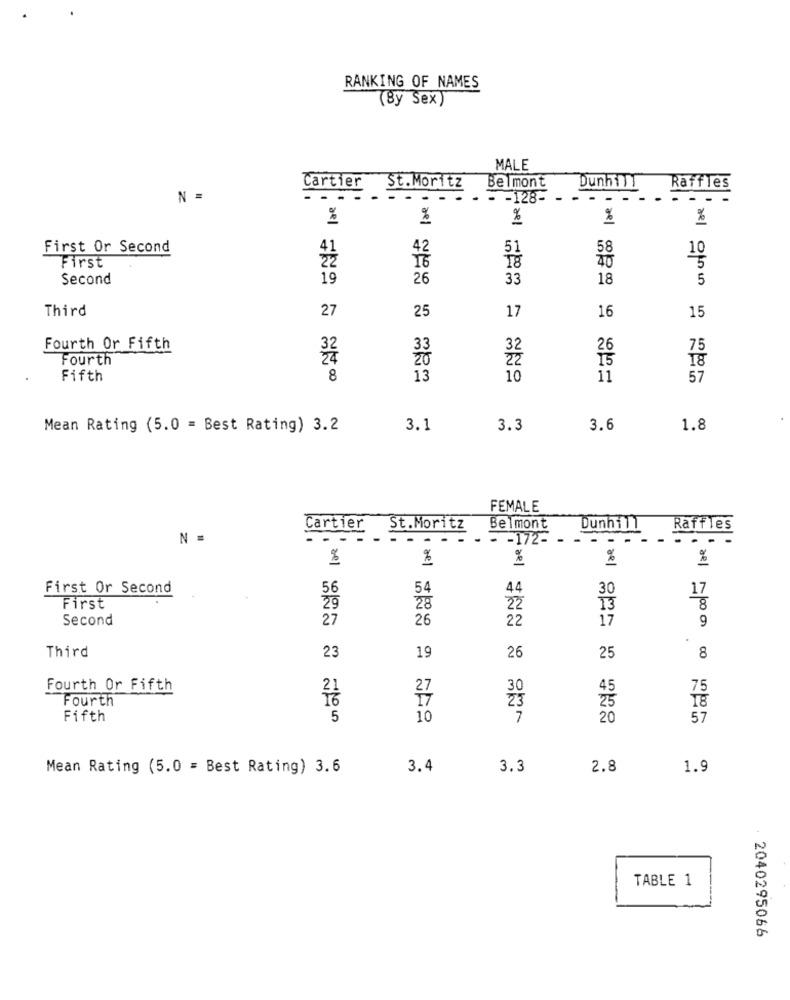
RANKING OF NAMES
(By Sex)
MALE
Cartier
St.Moritz
Belmont
Dunhill
Raffles
N =
- -
-
- - 128-
-- -
%
%
%
%
%
First Or Second
42
51
18
70
First
5
Second
19
26
33
18
5
Third
27
25
16
17
15
Fourth Or Fifth
32
26
75
Fourth
32
22
15
18
Fifth
8
13
10
11
57
Mean Rating (5.0 = Best Rating) 3.2
3.1
3.3
3.6
1.8
FEMALE
Cartier
St.Moritz
Belmont
Dunhill
Raffles
N =
- - 172-
.-
%
%
%
%
%
First Or Second
56
54
44
30
17
First
29
28
22
13
Second
27
26
22
17
9
Third
23
19
26
25
8
Fourth Or Fifth
27
30
75
Fourth
17
18
Fifth
5
10
7
20
57
Mean Rating (5.0 = Best Rating) 3.6
3.4
3.3
2.8
1.9
TABLE 1
2040295066